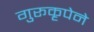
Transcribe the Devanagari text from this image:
गुरूकृपेने